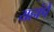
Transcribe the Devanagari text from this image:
यहांपे